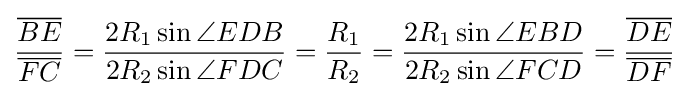
{\frac {\overline {BE}}{\overline {FC}}}={\frac {2R_{1}\sin \angle EDB}{2R_{2}\sin \angle FDC}}={\frac {R_{1}}{R_{2}}}={\frac {2R_{1}\sin \angle EBD}{2R_{2}\sin \angle FCD}}={\frac {\overline {DE}}{\overline {DF}}}